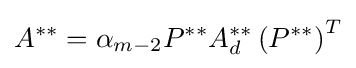
A^{**}=\alpha _{m-2}P^{**}A_{d}^{**}\left(P^{**}\right)^{T}